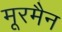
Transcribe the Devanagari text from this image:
मूरमैन